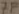
Text: 7F